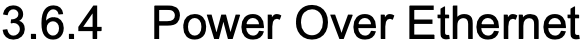
3.6.4 Power Over Ethernet